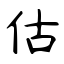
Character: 估